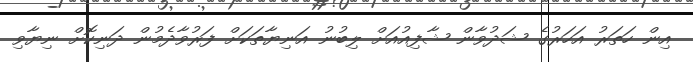
އިން ހަތަރު އަހަރުގެ ޝަދުވާން ޝާފިއުއަށް ލިބުނު އަނިޔާތަކަށް ފަރުވާދެމުން ދަނިކޮށް ނިޔާވި